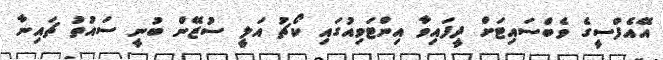
އޭއެފްސީގެ ވެބްސައިޓަށް ދީފައިވާ އިންޓަވިއުގައި ކޯޗު އަލީ ސުޒޭން ބުނީ ސައުތު ޗައިނާ